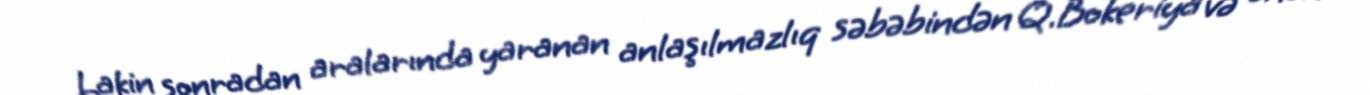
Lakin sonradan aralarında yaranan anlaşılmazlıq səbəbindən Q.Bokeriya və onun